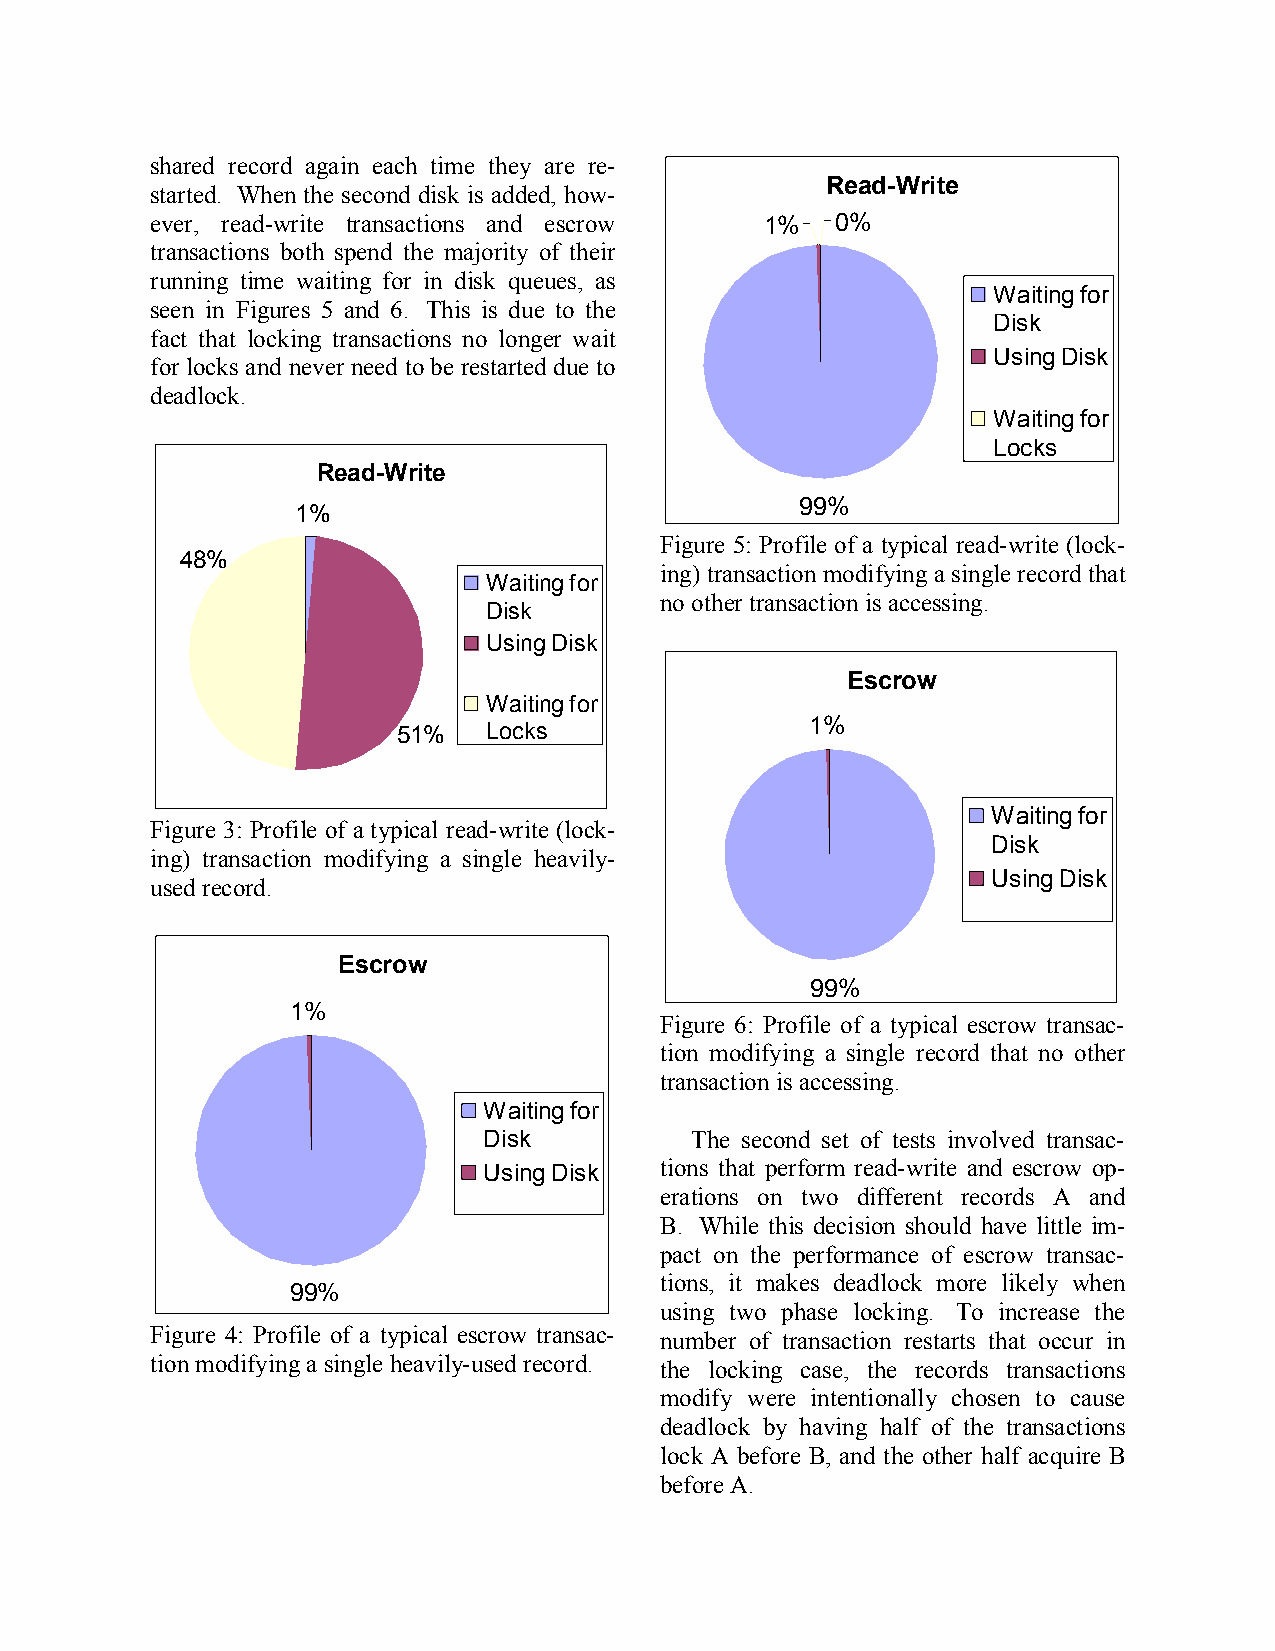
shared record again each time they are re-
 Read-Write
 started. When the second disk is added, how-
 ever, read-write transactions and escrow 1%  0%
 transactions both spend the majority of their
 running time waiting for in disk queues, as
 Waiting for
 seen in Figures 5 and 6. This is due to the
 Disk
 fact that locking transactions no longer wait
 Using Disk
 for locks and never need to be restarted due to
 deadlock.
 Waiting for
 Locks
 Read-Write
 99%
 1%
 Figure 5: Profile of a typical read-write (lock-
 48%
 ing) transaction modifying a single record that
 Waiting for
 no other transaction is accessing.
 Disk
 Using Disk
 Escrow
 Waiting for
 1%
 51%   Locks
 Waiting for
 Figure 3: Profile of a typical read-write (lock-
 Disk
 ing) transaction modifying a single heavily-
 Using Disk
 used record.
 Escrow
 99%
 1%
 Figure 6: Profile of a typical escrow transac-
 tion modifying a single record that no other
 transaction is accessing.
 Waiting for
 Disk          The second set of tests involved transac-
 Using Disk  tions that perform read-write and escrow op-
 erations on two different records A and
 B. While this decision should have little im-
 pact on the performance of escrow transac-
 tions, it makes deadlock more likely when
 99%
 using two phase locking. To increase the
 Figure 4: Profile of a typical escrow transac- number of transaction restarts that occur in
 tion modifying a single heavily-used record. the locking case, the records transactions
 modify were intentionally chosen to cause
 deadlock by having half of the transactions
 lock A before B, and the other half acquire B
 before A.